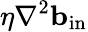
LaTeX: \eta\nabla^{2}{\mathbf{b}}_{\mathrm{{in}}}